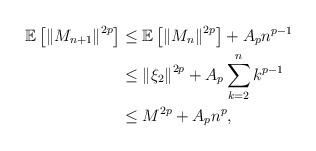
LaTeX: \begin{align*}\mathbb{E}\left[ \left\| M_{n+1} \right\|^{2p} \right] & \leq \mathbb{E}\left[ \left\| M_{n} \right\|^{2p} \right] + A_{p}n^{p-1} \\& \leq \left\| \xi_{2} \right\|^{2p} + A_{p}\sum_{k=2}^{n} k^{p-1} \\& \leq M^{2p} + A_{p}n^{p},\end{align*}